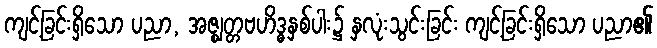
ကျင့်ခြင်းရှိသော ပညာ, အဇ္ဈတ္တဗဟိဒ္ဓနှစ်ပါး၌ နှလုံးသွင်းခြင်း ကျင့်ခြင်းရှိသော ပညာ၏